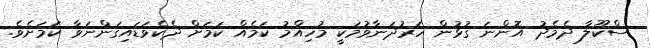
ސްކޫލާ ދެމެދު އޮންނަ ގުޅުން ހަރުދަނާވުމަކީ މުހިއްމު ކަމެއް ކަމަށް ދެކެވަޑައިގަންނަވާ ކަމަށެވެ.